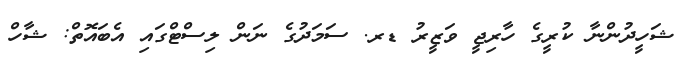
ޝަހީދުންނާ ކުރީގެ ހާރިޖީ ވަޒީރު ޑރ. ސަމަދުގެ ނަން ލިސްޓްގައި އެބައޮތް: ޝާހް